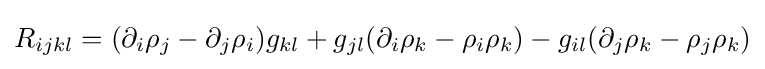
R_{ijkl}=(\partial _{i}\rho _{j}-\partial _{j}\rho _{i})g_{kl}+g_{jl}(\partial _{i}\rho _{k}-\rho _{i}\rho _{k})-g_{il}(\partial _{j}\rho _{k}-\rho _{j}\rho _{k})